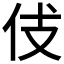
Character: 𠇞